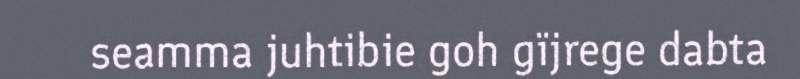
seamma juhtibie goh gïjrege dabta